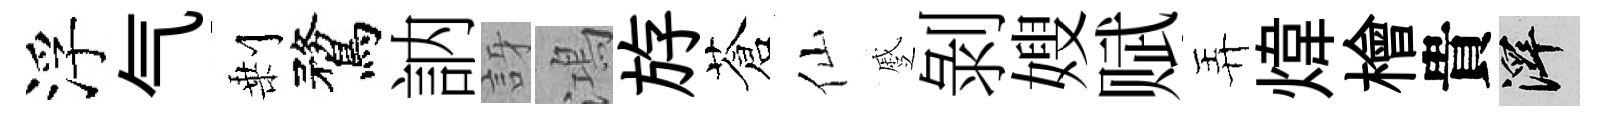
浮气剰鶩訥訝鴻斿蒼仙蹙剝嫂赋弄煒檜貴澤